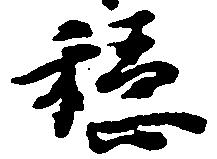
穏